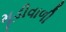
મૂડીવાળી